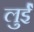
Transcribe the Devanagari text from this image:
लुईे